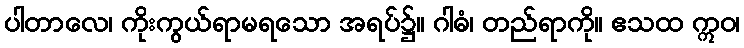
ပါတာလေ၊ ကိုးကွယ်ရာမရသော အရပ်၌။ ဂါဓံ၊ တည်ရာကို။ ဧသထ ဣဝ၊